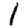
Digit: 1